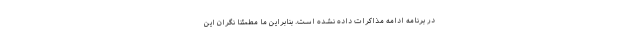
در برنامه ادامه مذاکرات داده نشده است. بنابراین ما مطمئناً نگران این